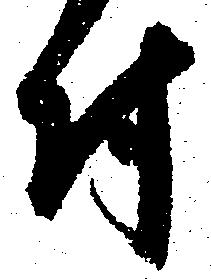
付